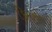
કિમનો